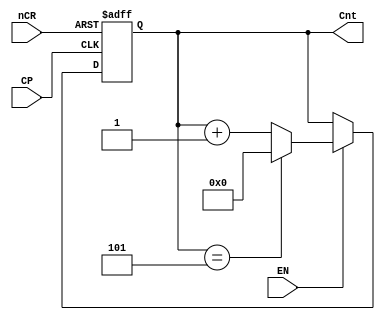
/**
 * Content: 6 bit counter
 */

`timescale 1ns / 1ps


module counter_6(Cnt, nCR, EN, CP);
    input CP, EN, nCR;
    output reg [3:0] Cnt;

    always @ (posedge CP or negedge nCR) begin
        if (~nCR)
            Cnt <= 4'b0000;
        else if (~EN)
            Cnt <= Cnt;
        else if (Cnt == 4'b0101)
            Cnt <= 4'b0000;
        else
            Cnt <= Cnt + 1'b1;
    end
endmodule //counter_6